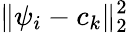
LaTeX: \lVert\psi_{i}-c_{k}\rVert_{2}^{2}